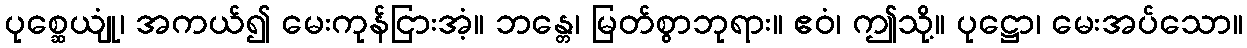
ပုစ္ဆေယျုံ၊ အကယ်၍ မေးကုန်ငြားအံ့။ ဘန္တေ၊ မြတ်စွာဘုရား။ ဧဝံ၊ ဤသို့။ ပုဋ္ဌော၊ မေးအပ်သော။